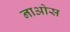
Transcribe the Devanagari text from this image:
नाओस